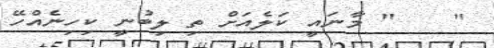
"    " މާނައީ ކަލެއަށް ތި ލިބުނީ ކިހިނެއްހޭ